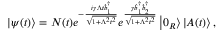
\left\vert \psi ( t ) \right\rangle = N ( t ) e ^ { - \frac { i \gamma \Lambda t \hat { b } _ { 1 } ^ { \dagger } } { \sqrt { 1 + \Lambda ^ { 2 } t ^ { 2 } } } } e ^ { \frac { \gamma \hat { b } _ { 1 } ^ { \dagger } \hat { b } _ { 2 } ^ { \dagger } } { \sqrt { 1 + \Lambda ^ { 2 } t ^ { 2 } } } } \left\vert 0 _ { R } \right\rangle \left\vert A ( t ) \right\rangle ,